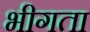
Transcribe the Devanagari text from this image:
भीगता